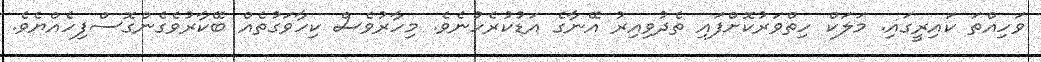
ވަހިއްތަ ކައިރީގައި. މަލަކް ހިތްވަރުކޮށްފައި ތެދުވިއިރު އޭނާގެ އަޑުކުރެހުނެވެ. މިހާރުވެސް ކިހާވަގުތެއް ބޭކާރުވެގެންގޮސްފިހެއްޔެވެ.